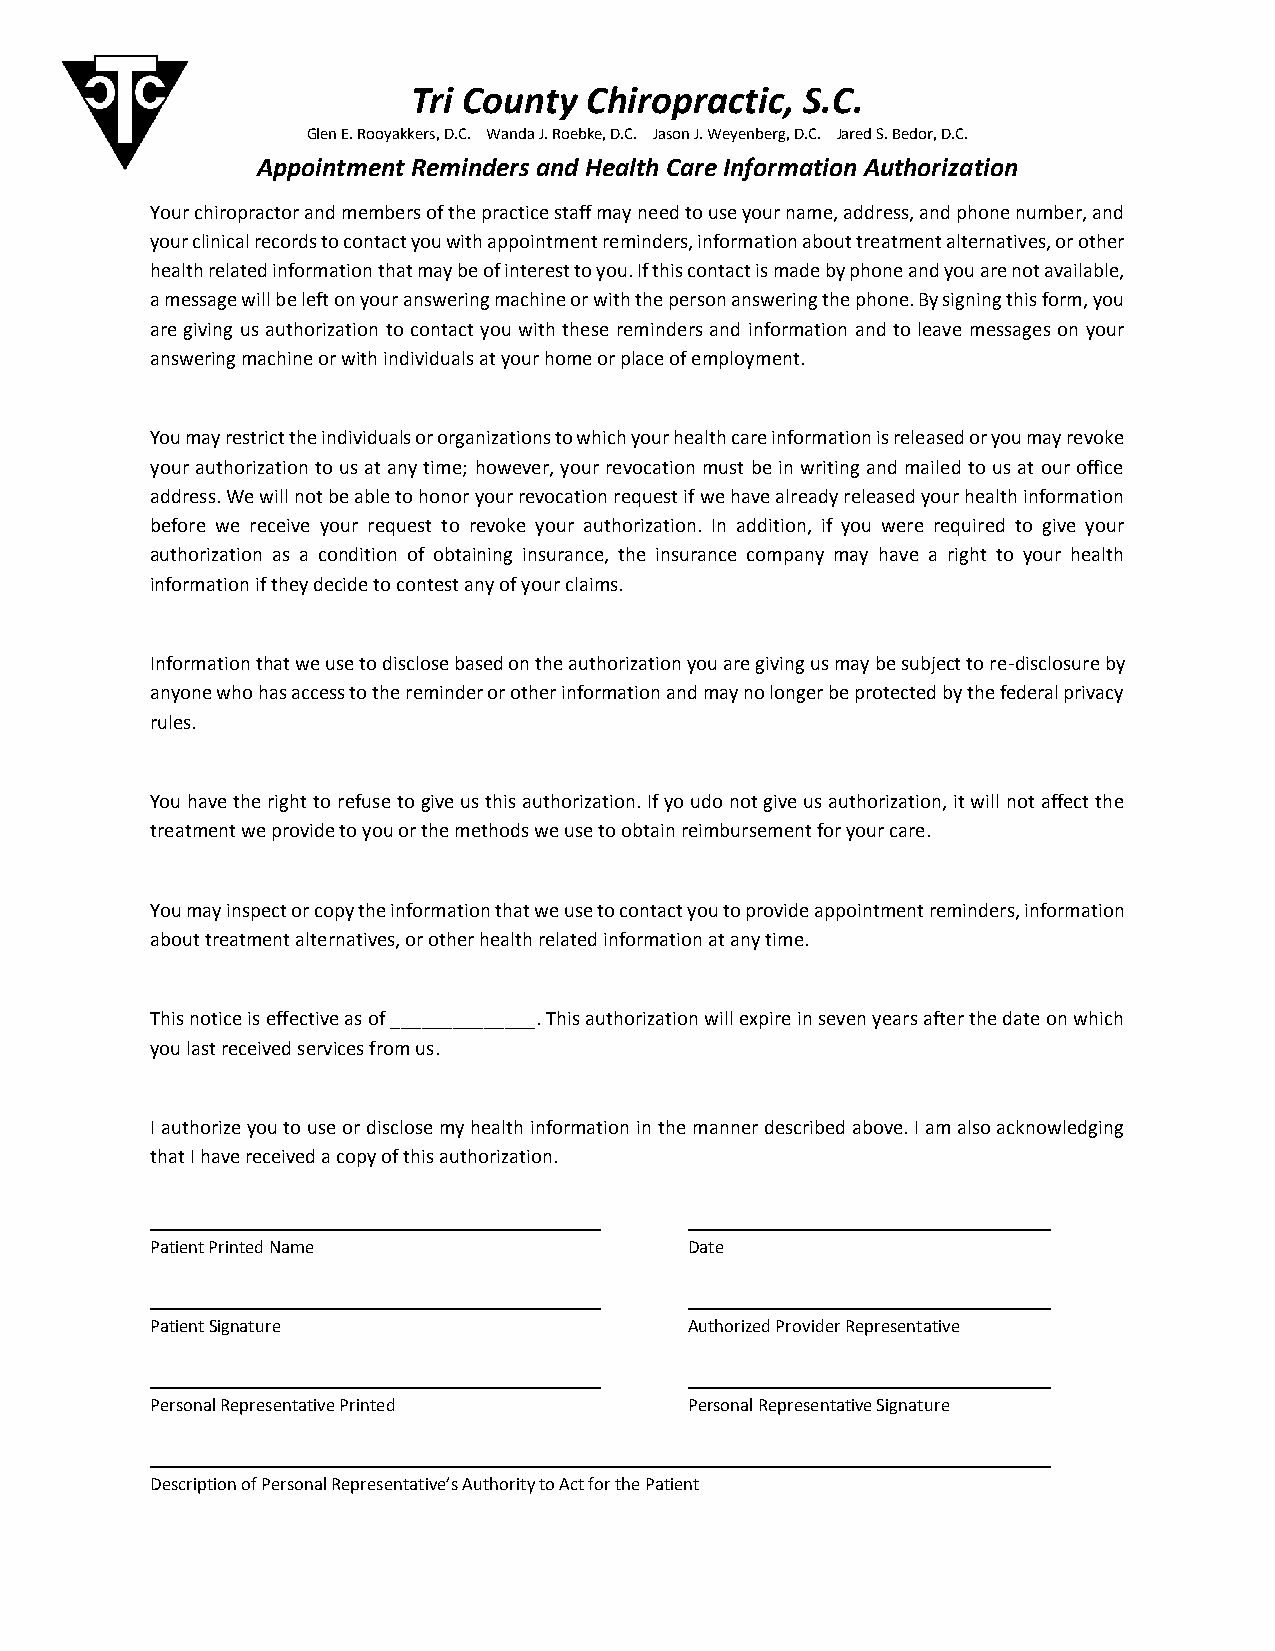
Tri County  Chiropractic, S.C.
 Glen E. Rooyakkers, D.C. Wanda J. Roebke, D.C. Jason J. Weyenberg, D.C. Jared S. Bedor, D.C.
 Appointment Reminders and Health Care Information Authorization
 Your chiropractor and members of the practice staff may need to use your name, address, and phone number, and
 your clinical records to contact you with appointment reminders, information about treatment alternatives, or other
 health related information that may be of interest to you. If this contact is made by phone and you are not available,
 a message will be left on your answering machine or with the person answering the phone. By signing this form, you
 are giving us authorization to contact you with these reminders and information and to leave messages on your
 answering machine or with individuals at your home or place of employment.
 You may restrict the individuals or organizations to which your health care information is released or you may revoke
 your authorization to us at any time; however, your revocation must be in writing and mailed to us at our office
 address. We will not be able to honor your revocation request if we have already released your health information
 before we receive your request to revoke your authorization. In addition, if you were required to give your
 authorization as a condition of obtaining insurance, the insurance company may have a right to your health
 information if they decide to contest any of your claims.
 Information that we use to disclose based on the authorization you are giving us may be subject to re-disclosure by
 anyone who has access to the reminder or other information and may no longer be protected by the federal privacy
 rules.
 You have the right to refuse to give us this authorization. If yo udo not give us authorization, it will not affect the
 treatment we provide to you or the methods we use to obtain reimbursement for your care.
 You may inspect or copy the information that we use to contact you to provide appointment reminders, information
 about treatment alternatives, or other health related information at any time.
 This notice is effective as of ______________. This authorization will expire in seven years after the date on which
 you last received services from us.
 I authorize you to use or disclose my health information in the manner described above. I am also acknowledging
 that I have received a copy of this authorization.
 Patient Printed Name                Date
 Patient Signature                   Authorized Provider Representative
 Personal Representative Printed     Personal Representative Signature
 Description of Personal Representative’s Authority to Act for the Patient